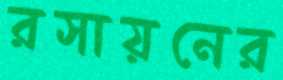
রসায়নের